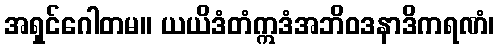
အရှင်ဂေါတမ။ ယယိဒံတံဣဒံအဘိဝဒနာဒိကရဏံ၊